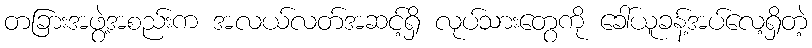
တခြားအဖွဲ့အစည်းက အလယ်လတ်အဆင့်ရှိ လုပ်သားတွေကို ခေါ်ယူခန့်အပ်လေ့ရှိတဲ့